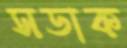
সডাক